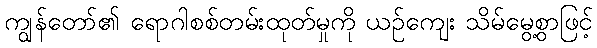
ကျွန်တော်၏ ရောဂါစစ်တမ်းထုတ်မှုကို ယဉ်ကျေး သိမ်မွေ့စွာဖြင့်